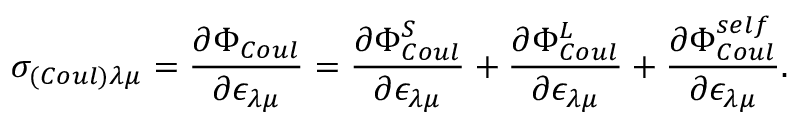
\sigma _ { ( C o u l ) \lambda \mu } = \frac { \partial \Phi _ { C o u l } } { \partial \epsilon _ { \lambda \mu } } = \frac { \partial \Phi _ { C o u l } ^ { S } } { \partial \epsilon _ { \lambda \mu } } + \frac { \partial \Phi _ { C o u l } ^ { L } } { \partial \epsilon _ { \lambda \mu } } + \frac { \partial \Phi _ { C o u l } ^ { s e l f } } { \partial \epsilon _ { \lambda \mu } } .